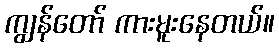
ကျွန်တော် ကားမူးနေတယ်။